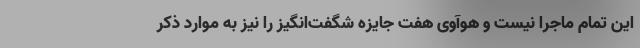
این تمام ماجرا نیست و هوآوی هفت جایزه شگفت‌انگیز را نیز به موارد ذکر